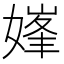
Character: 𱙣